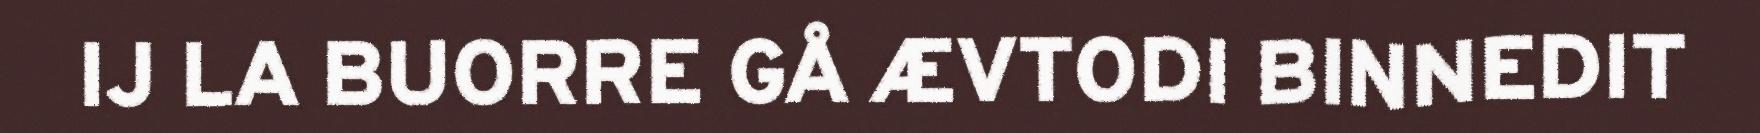
IJ LA BUORRE GÅ ÆVTODI BINNEDIT